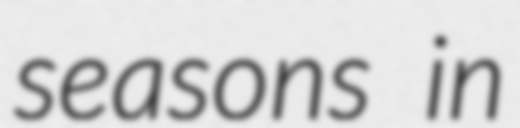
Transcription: seasons in